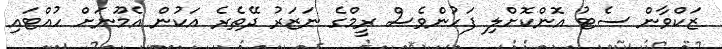
ޒަކްވާން ސެޓު އޮންކޮށްލި ފަހުންވެސް ރީމްގެ ނަޒަރު ދޭތެރެ އަކުން އެމޫނަށް ހުއްޓައި